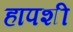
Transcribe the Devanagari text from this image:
हापशी